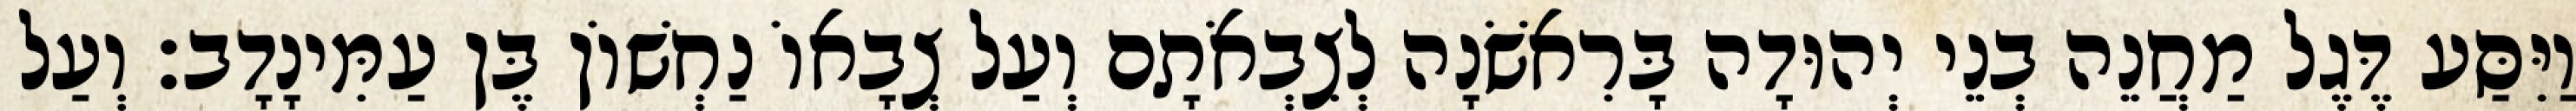
וַיִּסַּע דֶּגֶל מַחֲנֵה בְנֵי יְהוּדָה בָּרִאשֹׁנָה לְצִבְאֹתָם וְעַל צְבָאוֹ נַחְשׁוֹן בֶּן עַמִּינָדָב׃ וְעַל